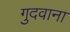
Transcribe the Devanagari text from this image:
गुदवाना